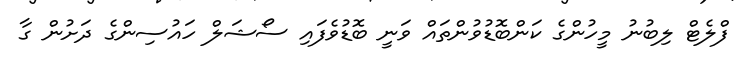
ފްލެޓް ލިބުނު މީހުންގެ ކަންބޮޑުވުންތައް ވަނީ ބޮޑުވެފައި ސޯޝަލް ހައުސިންގެ ދަށުން ގާ